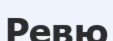
Ревю